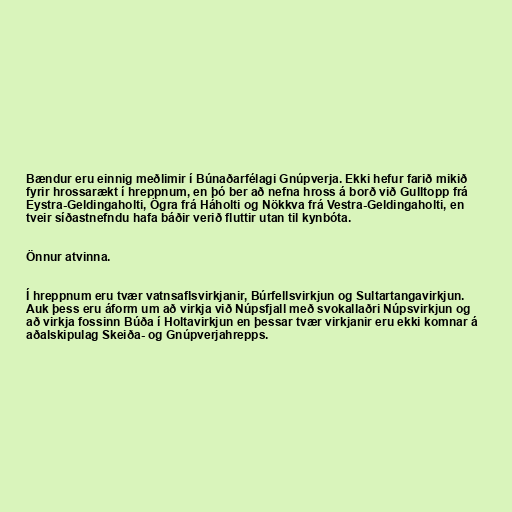
Bændur eru einnig meðlimir í Búnaðarfélagi Gnúpverja. Ekki hefur farið mikið
fyrir hrossarækt í hreppnum, en þó ber að nefna hross á borð við Gulltopp frá
Eystra-Geldingaholti, Ögra frá Háholti og Nökkva frá Vestra-Geldingaholti, en
tveir síðastnefndu hafa báðir verið fluttir utan til kynbóta.

Önnur atvinna.

Í hreppnum eru tvær vatnsaflsvirkjanir, Búrfellsvirkjun og Sultartangavirkjun.
Auk þess eru áform um að virkja við Núpsfjall með svokallaðri Núpsvirkjun og
að virkja fossinn Búða í Holtavirkjun en þessar tvær virkjanir eru ekki komnar á
aðalskipulag Skeiða- og Gnúpverjahrepps.